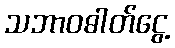
သဘာဝဓါတ်ငွေ့